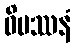
ဝိပဿနံ